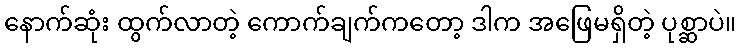
နောက်ဆုံး ထွက်လာတဲ့ ကောက်ချက်ကတော့ ဒါက အဖြေမရှိတဲ့ ပုစ္ဆာပဲ။